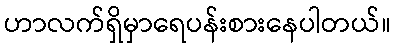
ဟာလက်ရှိမှာရေပန်းစားနေပါတယ်။